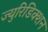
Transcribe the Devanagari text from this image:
ज्युरिडिक्शन